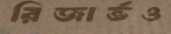
রিজার্ভও